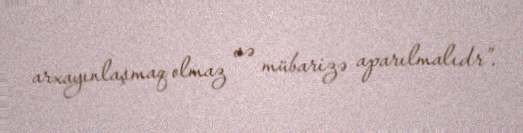
arxayınlaşmaq olmaz və mübarizə aparılmalıdr”.